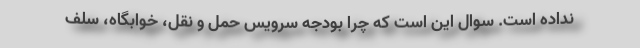
نداده است. سوال این است که چرا بودجه سرویس حمل و نقل، خوابگاه، سلف